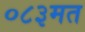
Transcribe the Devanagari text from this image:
०८३मत